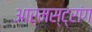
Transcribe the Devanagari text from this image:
आर्मस्‍ट्रांग